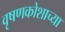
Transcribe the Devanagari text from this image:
वृषणकोशाच्या